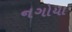
નગોયા